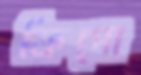
ফিগো